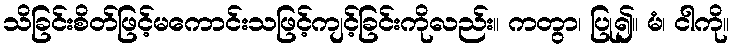
သိခြင်းစိတ်ဖြင့်မကောင်းသဖြင့်ကျင့်ခြင်းကိုလည်း။ ကတွာ၊ ပြု၍။ မံ၊ ငါကို။